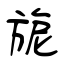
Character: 旎